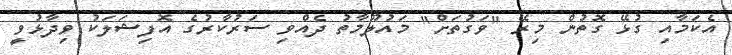
އެކަމާއި ގުޅޭ ގޮތުން މިރޭ "ވަގުތަށް" މައުލޫމާތު ދެއްވި ސަރުކާރުގެ އޮފިޝަލަކު ވިދާޅުވީ